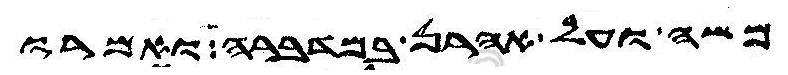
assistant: משה ועל אהרן במדברה ואמרו